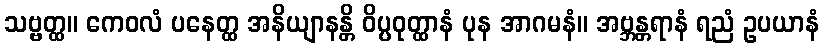
သဗ္ဗတ္ထ။ ကေဝလံ ပနေတ္ထ အနိယျာနန္တိ ဝိပ္ပဝုတ္ထာနံ ပုန အာဂမနံ။ အဗ္ဘန္တရာနံ ရညံ ဥပယာနံ